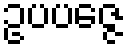
ဥပပဇ္ဇေ